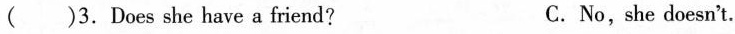
( )3. Does she have a friend? C. No,she doesn't.